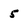
Character: 5